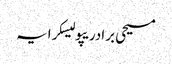
مسیحی برادریپولیسکرایہ